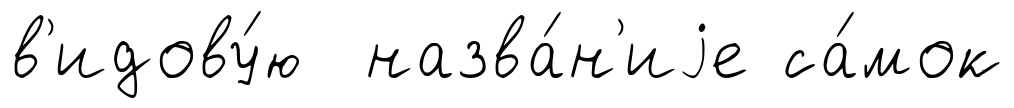
в'идову́ю назва́н'иjе са́мок